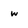
Character: w